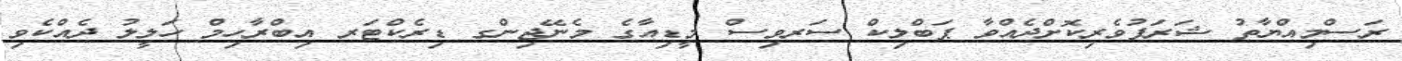
ރަސްމިއްޔާތު ޝަރަފުވެރިކޮށްދެއްވާ ޕަބްލިކް ސަރވިސް މީޑިއާގެ މެނޭޖިންގ ޑިރެކްޓަރ އިބްރާހިމް ހަލީލު ދެއްކެވި